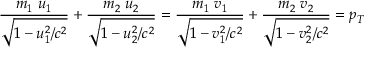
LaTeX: { \frac { m _ { 1 } \; u _ { 1 } } { \sqrt { 1 - u _ { 1 } ^ { 2 } / c ^ { 2 } } } } + { \frac { m _ { 2 } \; u _ { 2 } } { \sqrt { 1 - u _ { 2 } ^ { 2 } / c ^ { 2 } } } } = { \frac { m _ { 1 } \; v _ { 1 } } { \sqrt { 1 - v _ { 1 } ^ { 2 } / c ^ { 2 } } } } + { \frac { m _ { 2 } \; v _ { 2 } } { \sqrt { 1 - v _ { 2 } ^ { 2 } / c ^ { 2 } } } } = p _ { T }